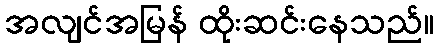
အလျင်အမြန် ထိုးဆင်းနေသည်။